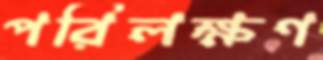
পরিলক্ষণ